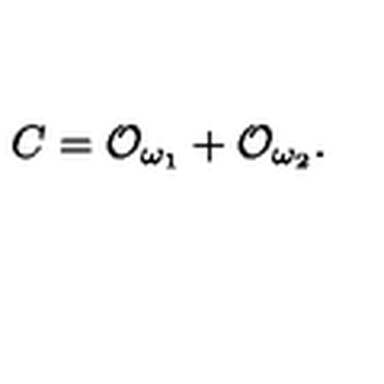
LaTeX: C = { \cal O } _ { \omega _ { 1 } } + { \cal O } _ { \omega _ { 2 } } .